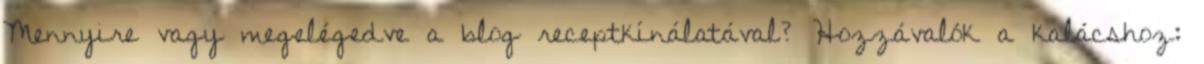
Mennyire vagy megelégedve a blog receptkínálatával? Hozzávalók a kalácshoz: